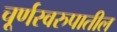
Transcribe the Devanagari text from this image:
चूर्णस्वरुपातील